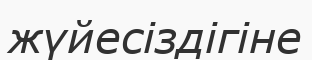
жүйесіздігіне